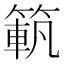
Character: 𥱍